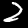
Digit: 2